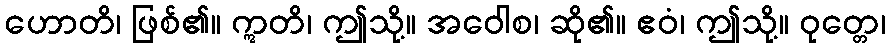
ဟောတိ၊ ဖြစ်၏။ ဣတိ၊ ဤသို့။ အဝေါစ၊ ဆို၏။ ဧဝံ၊ ဤသို့။ ဝုတ္တေ၊